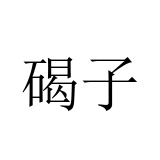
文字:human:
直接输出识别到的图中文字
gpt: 碣子